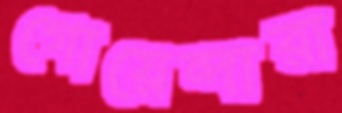
গোয়েন্দারা